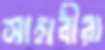
সাহাবীরা